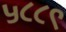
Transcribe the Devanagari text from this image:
५८८९